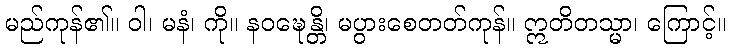
မည်ကုန်၏။ ဝါ၊ မနံ၊ ကို။ နဝဍ္ဎေန္တိ၊ မပွားစေတတ်ကုန်။ ဣတိတသ္မာ၊ ကြောင့်။